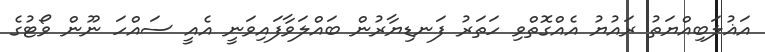
އަޣުލަބިއްޔަތު ރައުޔު އެއްގޮތްވި ހަތަރު ފަނޑިޔާރުން ބައްލަވާފައިވަނީ އެއީ ސައްހަ ނޫން ވޯޓުގެ